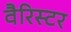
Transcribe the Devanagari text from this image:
वैरिस्टर